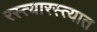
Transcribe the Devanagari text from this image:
रस्त्यारस्त्यात